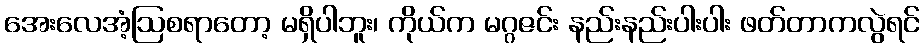
အေးလေအံ့ဩစရာတော့ မရှိပါဘူး၊ ကိုယ်က မဂ္ဂဇင်း နည်းနည်းပါးပါး ဖတ်တာကလွဲရင်